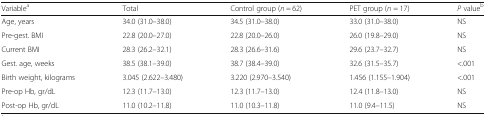
<table><thead><tr><td><b>Variable<sup>a</sup></b></td><td><b>Total</b></td><td><b>Control group (<i>n</i> = 62)</b></td><td><b>PET group (<i>n</i> = 17)</b></td><td><b><i>P</i> value<sup>b</sup></b></td></tr></thead><tbody><tr><td>Age, years</td><td>34.0 (31.0–38.0)</td><td>34.5 (31.0–38.0)</td><td>33.0 (31.0–38.0)</td><td>NS</td></tr><tr><td>Pre-gest. BMI</td><td>22.8 (20.0–27.0)</td><td>22.8 (20.0–26.0)</td><td>26.0 (19.8–29.0)</td><td>NS</td></tr><tr><td>Current BMI</td><td>28.3 (26.2–32.1)</td><td>28.3 (26.6–31.6)</td><td>29.6 (23.7–32.7)</td><td>NS</td></tr><tr><td>Gest. age, weeks</td><td>38.5 (38.1–39.0)</td><td>38.7 (38.4–39.0)</td><td>32.6 (31.5–35.7)</td><td>&lt;.001</td></tr><tr><td>Birth weight, kilograms</td><td>3.045 (2.622–3.480)</td><td>3.220 (2.970–3.540)</td><td>1.456 (1.155–1.904)</td><td>&lt;.001</td></tr><tr><td>Pre-op Hb, gr/dL</td><td>12.3 (11.7–13.0)</td><td>12.3 (11.7–13.0)</td><td>12.4 (11.8–13.0)</td><td>NS</td></tr><tr><td>Post-op Hb, gr/dL</td><td>11.0 (10.2–11.8)</td><td>11.0 (10.3–11.8)</td><td>11.0 (9.4–11.5)</td><td>NS</td></tr></tbody></table>